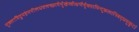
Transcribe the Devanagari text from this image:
मुक्ताविद्रुमहेमनीलधवलच्छायैर्मुखेस्त्रीक्षणैर्युक्तामिन्दुकलानिबद्धमुकुटां